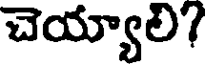
చెయ్యాలి?